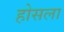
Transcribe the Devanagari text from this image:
होसला